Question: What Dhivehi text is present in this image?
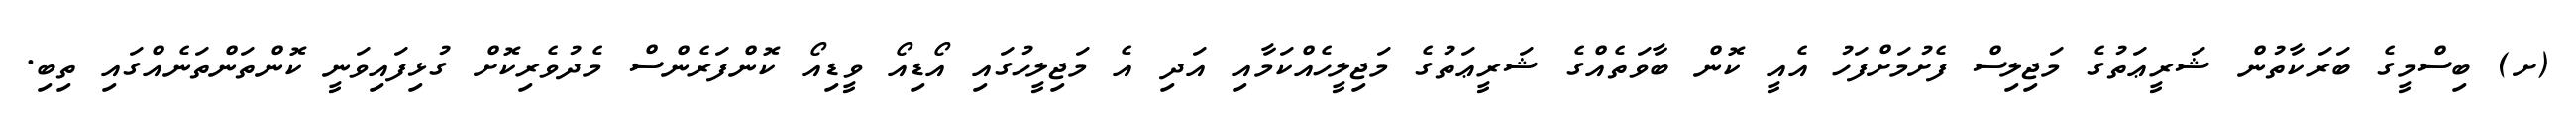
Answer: (ށ) ބިސްމީގެ ބަރަކާތުން ޝަރީޢަތުގެ މަޖިލިސް ފެށުމަށްފަހު އެއީ ކޮން ބާވަތެއްގެ ޝަރީޢަތުގެ މަޖިލީހެއްކަމާއި އަދި އެ މަޖިލީހުގައި އޯޑިއޯ ވީޑިއޯ ކޮންފަރެންސް މެދުވެރިކޮށް ގުޅިފައިވަނީ ކޮންތަންތަނެއްގައި ތިބި.